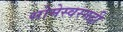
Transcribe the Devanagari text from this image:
सोमेस्वरगढी